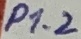
Text: P1.2